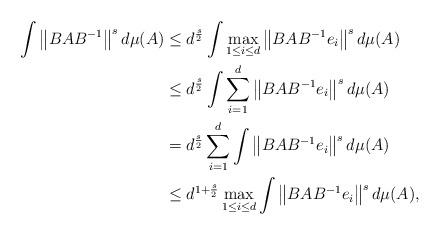
LaTeX: \begin{align*}\int \left\|BAB^{-1}\right\|^s d\mu(A) &\leq d^{\frac{s}{2}} \int \max_{1 \leq i \leq d}\left\|BAB^{-1}e_i\right\|^s d\mu(A) \\&\leq d^{\frac{s}{2}}\int \sum_{i=1}^d\left\|BAB^{-1}e_i\right\|^s d\mu(A) \\&= d^{\frac{s}{2}} \sum_{i=1}^d\int \left\|BAB^{-1}e_i\right\|^s d\mu(A) \\&\leq d^{1+\frac{s}{2}} \max_{1 \leq i \leq d}\int \left\|BAB^{-1}e_i\right\|^s d\mu(A),\end{align*}